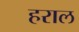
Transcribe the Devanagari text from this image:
हराल